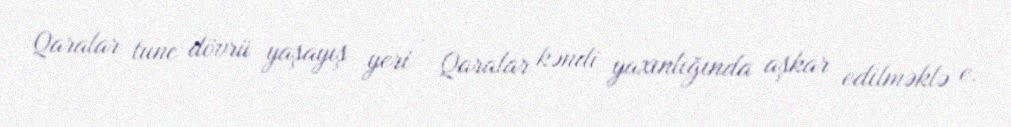
Qaralar tunc dövrü yaşayış yeri – Qaralar kəndi yaxınlığında aşkar edilməklə e.